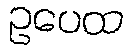
ဥပေထ